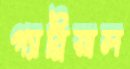
গ্যাব্রিয়াল